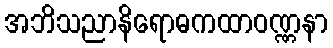
အဘိသညာနိရောဓကထာဝဏ္ဏနာ